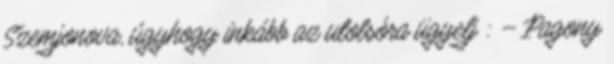
Szemjonova, úgyhogy inkább az utolsóra ügyelj : – Pagony